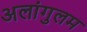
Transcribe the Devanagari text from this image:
अलांगुलम